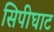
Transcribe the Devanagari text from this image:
सिपीघाट